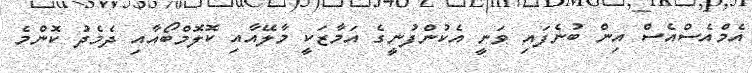
އެމްއެސްއެސް އިން ބުނެފައި ވަނީ އެކުންފުނީގެ އަމާޒަކީ މާލޭއާއި ކޮލޮމްބޯއާއި ދެމެދު ކޮންމެ